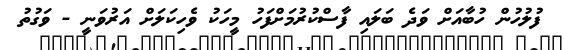
ފުލުހުން ހުބާއަށް ވަދެ ބަލައި ފާސްކުރުމަށްފަހު މީހަކު ވެހިކަލަށް އަރުވަނީ - ވަގުތު